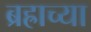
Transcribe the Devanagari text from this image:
ब्रह्राच्या